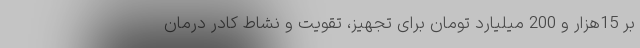
بر 15هزار و 200 میلیارد تومان برای تجهیز، تقویت و نشاط کادر درمان